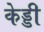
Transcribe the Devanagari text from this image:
केड्डी